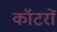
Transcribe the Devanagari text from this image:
कॉटरों